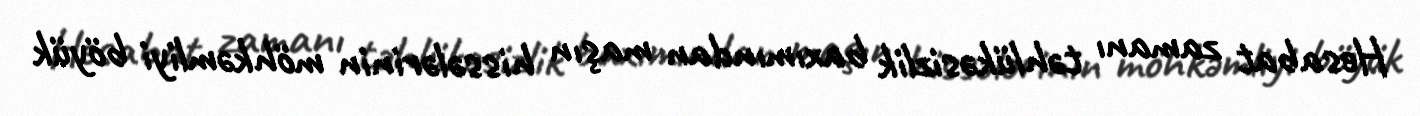
Hesabat zamanı təhlükəsizlik baxımından maşın hissələrinin möhkəmliyi böyük